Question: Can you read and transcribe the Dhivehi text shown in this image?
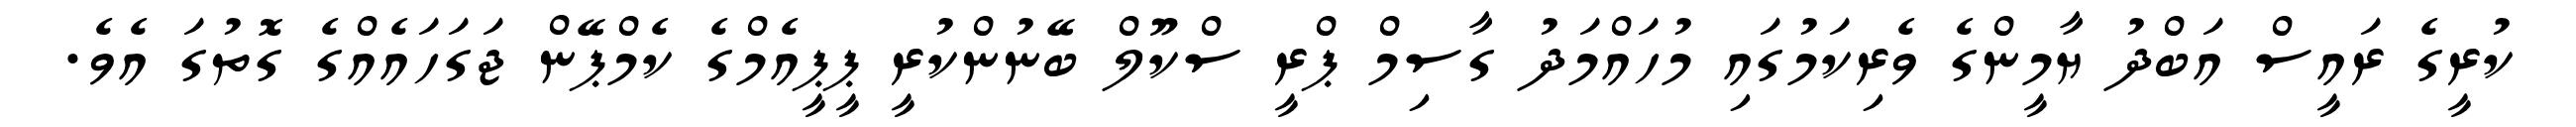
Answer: ކުރީގެ ރައީސް އަބްދު ޔާމީންގެ ވެރިކަމުގައި މުހައްމަދު ގާސިމް ޕްރީ ސްކޫލް ބޭނުންކުރީ ޕީޕީއެމްގެ ކެމްޕޭން ޖަގަހައެއްގެ ގޮތުގަ އެވެ.